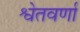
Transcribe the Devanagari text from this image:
श्वेतवर्णां